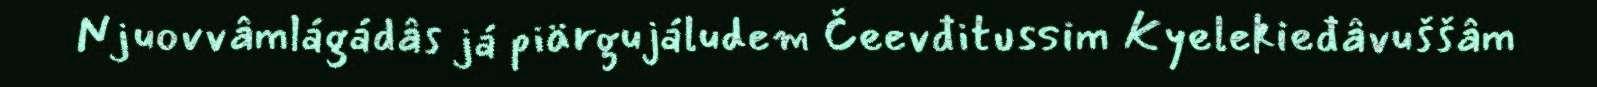
Njuovvâmlágádâs já piärgujáludem Čeevđitussim Kyelekieđâvuššâm